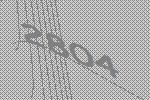
2804